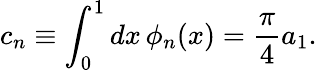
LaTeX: c_{n}\equiv\int_{0}^{1}dx\, \phi_{n}(x)=\frac{\pi}{4}a_{1}.